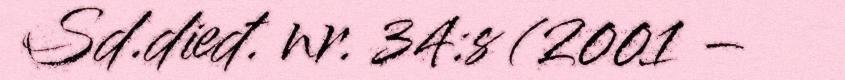
Sd.dieđ. nr. 34:s (2001 –